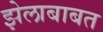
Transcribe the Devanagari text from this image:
झेलाबाबत